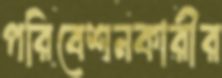
পরিবেশনকারীর